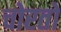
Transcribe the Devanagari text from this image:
चोरतो